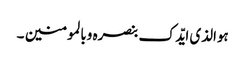
ہوالذی ایّدک بنصرہ وبالمومنین ۔